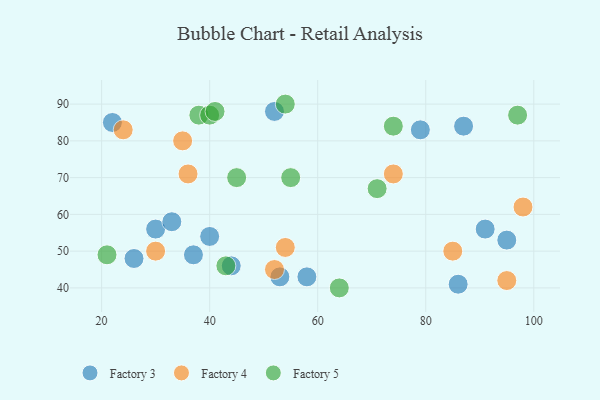
{"axis": {"x": "GDP", "y": "Life Expectancy"}, "legend": ["Factory 3", "Factory 4", "Factory 5"], "data": [{"x": "95", "y": 53, "type": "Factory 3"}, {"x": "37", "y": 49, "type": "Factory 3"}, {"x": "58", "y": 43, "type": "Factory 3"}, {"x": "30", "y": 56, "type": "Factory 3"}, {"x": "53", "y": 43, "type": "Factory 3"}, {"x": "26", "y": 48, "type": "Factory 3"}, {"x": "44", "y": 46, "type": "Factory 3"}, {"x": "79", "y": 83, "type": "Factory 3"}, {"x": "86", "y": 41, "type": "Factory 3"}, {"x": "33", "y": 58, "type": "Factory 3"}, {"x": "87", "y": 84, "type": "Factory 3"}, {"x": "52", "y": 88, "type": "Factory 3"}, {"x": "22", "y": 85, "type": "Factory 3"}, {"x": "91", "y": 56, "type": "Factory 3"}, {"x": "40", "y": 54, "type": "Factory 3"}, {"x": "24", "y": 83, "type": "Factory 4"}, {"x": "30", "y": 50, "type": "Factory 4"}, {"x": "95", "y": 42, "type": "Factory 4"}, {"x": "74", "y": 71, "type": "Factory 4"}, {"x": "54", "y": 51, "type": "Factory 4"}, {"x": "36", "y": 71, "type": "Factory 4"}, {"x": "98", "y": 62, "type": "Factory 4"}, {"x": "35", "y": 80, "type": "Factory 4"}, {"x": "52", "y": 45, "type": "Factory 4"}, {"x": "85", "y": 50, "type": "Factory 4"}, {"x": "71", "y": 67, "type": "Factory 5"}, {"x": "38", "y": 87, "type": "Factory 5"}, {"x": "21", "y": 49, "type": "Factory 5"}, {"x": "64", "y": 40, "type": "Factory 5"}, {"x": "40", "y": 87, "type": "Factory 5"}, {"x": "45", "y": 70, "type": "Factory 5"}, {"x": "97", "y": 87, "type": "Factory 5"}, {"x": "74", "y": 84, "type": "Factory 5"}, {"x": "54", "y": 90, "type": "Factory 5"}, {"x": "41", "y": 88, "type": "Factory 5"}, {"x": "43", "y": 46, "type": "Factory 5"}, {"x": "55", "y": 70, "type": "Factory 5"}]}